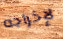
لإخراجه